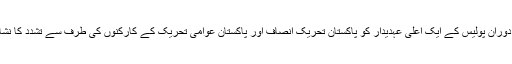
یہ وارنٹ 2014ء میں اسلام آباد میں دھرنے کے دوران پولیس کے ایک اعلیٰ عہدیدار کو پاکستان تحریک انصاف اور پاکستان عوامی تحریک کے کارکنوں کی طرف سے تشدد کا نشانہ بنائے جانے کے مقدمے میں جاری کیے گئے۔